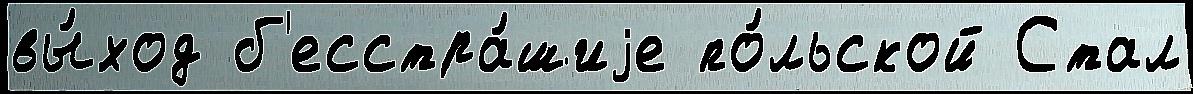
вы́ход б'есстра́шиjе по́льской Стал